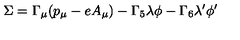
\Sigma = \Gamma _ { \mu } ( p _ { \mu } - e A _ { \mu } ) - \Gamma _ { 5 } \lambda \phi - \Gamma _ { 6 } \lambda ^ { \prime } \phi ^ { \prime }